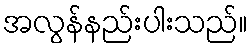
အလွန်နည်းပါးသည်။